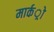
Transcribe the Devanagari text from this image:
मार्कर्ो